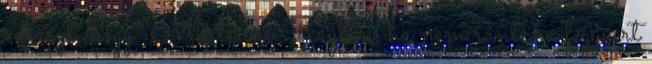
választ, hogy “Mit tenne Raylan, ha nem rántana fegyvert